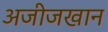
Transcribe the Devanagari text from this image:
अजीजखान